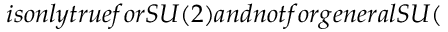
i s o n l y t r u e f o r S U ( 2 ) a n d n o t f o r g e n e r a l S U (